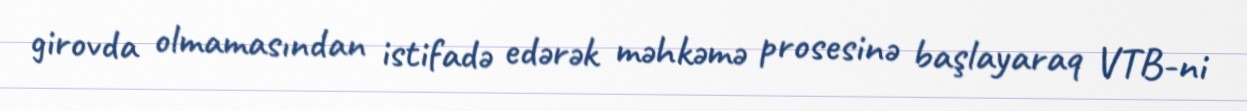
girovda olmamasından istifadə edərək məhkəmə prosesinə başlayaraq VTB-ni